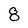
Character: 8